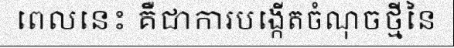
ពេលនេះ គឺជាការបង្កើតចំណុចថ្មីនៃ